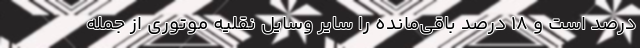
درصد است و ۱۸ درصد باقی‌مانده را سایر وسایل نقلیه موتوری از جمله